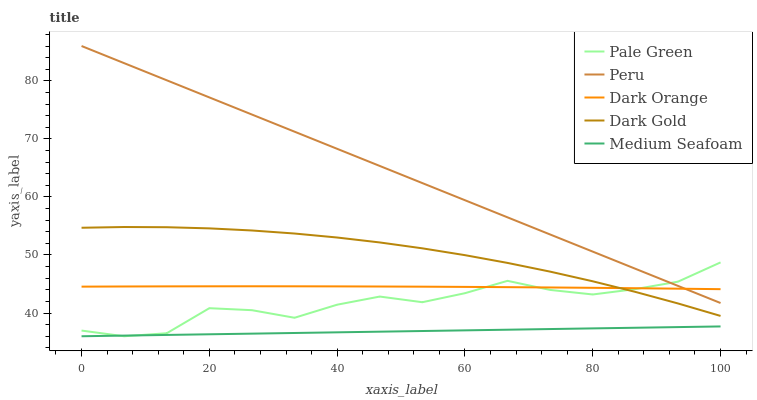
| xaxis_label | Pale Green | Peru | Dark Orange | Dark Gold | Medium Seafoam |
 | --- | --- | --- | --- | --- | --- |
 | 0 | 37 | 86 | 44.5 | 54.7 | 36 |
 | 6.67 | 36 | 83 | 44.6 | 54.8 | 36.1 |
 | 13.3 | 36.5 | 80.1 | 44.6 | 54.8 | 36.2 |
 | 20 | 40.8 | 77.1 | 44.6 | 54.6 | 36.3 |
 | 26.7 | 40.5 | 74.2 | 44.6 | 54.2 | 36.5 |
 | 33.3 | 39.2 | 71.2 | 44.6 | 53.7 | 36.6 |
 | 40 | 41.4 | 68.3 | 44.6 | 53 | 36.7 |
 | 46.7 | 42.8 | 65.3 | 44.6 | 52.2 | 36.8 |
 | 53.3 | 41.9 | 62.4 | 44.5 | 51.1 | 36.9 |
 | 60 | 43.4 | 59.4 | 44.5 | 50 | 37 |
 | 66.7 | 45.5 | 56.5 | 44.5 | 48.6 | 37.1 |
 | 73.3 | 44 | 53.5 | 44.4 | 47.1 | 37.2 |
 | 80 | 43.2 | 50.6 | 44.3 | 45.5 | 37.4 |
 | 86.7 | 44.1 | 47.6 | 44.3 | 43.6 | 37.5 |
 | 93.3 | 45.4 | 44.7 | 44.2 | 41.7 | 37.6 |
 | 100 | 48.7 | 41.7 | 44.1 | 39.5 | 37.7 |